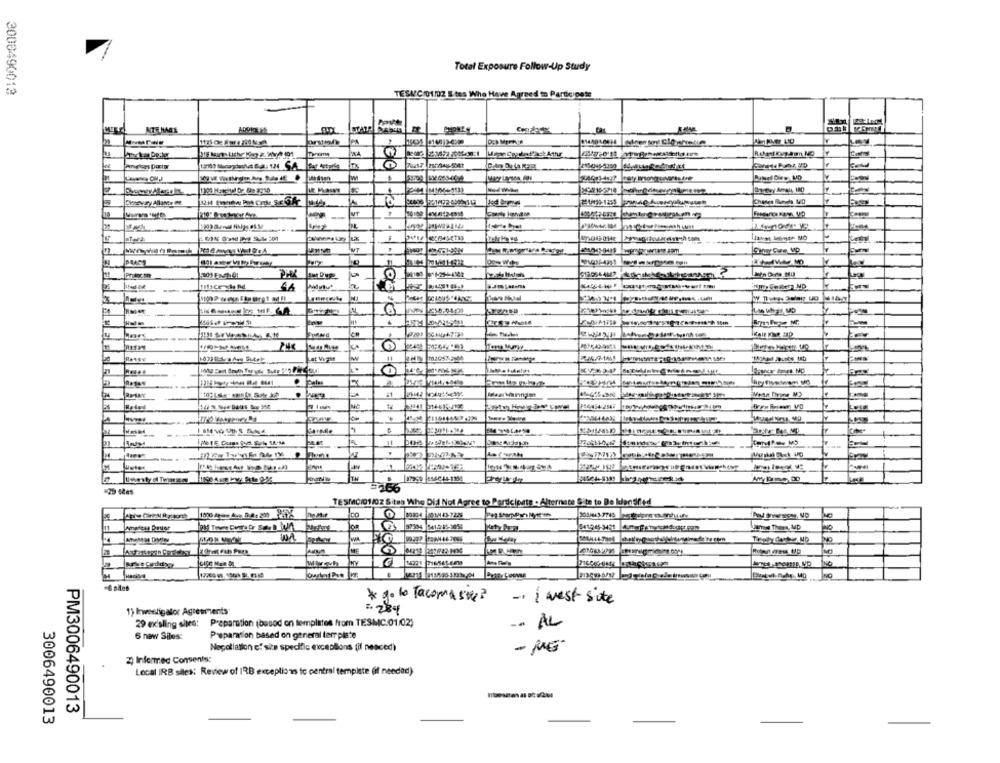
Total Exposure Follow-Up Study
3000490013
TESACID1/02 S tes Who Have Agreed to Participate
1199 Margitd Or. Se 3310
242216-2718
#1/199-1255
--
-
--
.
andare
-
LA
----
boe
-
TH
=5.66
TESMO/01/02 Sites Who Did Not Agree to Participate - Alternate Site to De Identified
99396 541.015-1058
Katy Nora
NO
* go to Tacoma sie?
- i west site
1) Iwesligator Agreements
# 284
29 ex'sling sites: Preparation (based on templates from TESMC.01/02)
-. AL
6 new Siles:
Preparation based on general terr plate
Negotiation ef site specific exceptions (il nesced)
- MG
2) Informed Consents:
Local IRB siles: Review of IRB exceptions to central template (if needed)
PM3006490013
3006490013